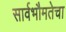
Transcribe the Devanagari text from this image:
सार्वभौमतेचा